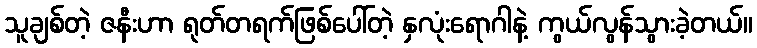
သူချစ်တဲ့ ဇနီးဟာ ရုတ်တရက်ဖြစ်ပေါ်တဲ့ နှလုံးရောဂါနဲ့ ကွယ်လွန်သွားခဲ့တယ်။